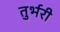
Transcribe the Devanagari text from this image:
तुर्भरी